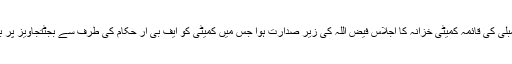
پیر کو قومی اسمبلی کی قائمہ کمیٹی خزانہ کا اجلاس فیض اللہ کی زیر صدارت ہوا جس میں کمیٹی کو ایف بی آر حکام کی طرف سے بجٹتجاویز پر بریفنگ دی گئی۔